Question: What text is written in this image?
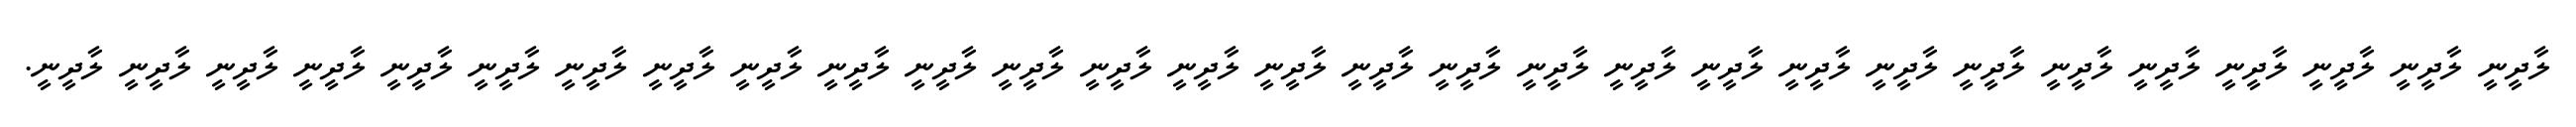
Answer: ލާދީނީ ލާދީނީ ލާދީނީ ލާދީނީ ލާދީނީ ލާދީނީ ލާދީނީ ލާދީނީ ލާދީނީ ލާދީނީ ލާދީނީ ލާދީނީ ލާދީނީ ލާދީނީ ލާދީނީ ލާދީނީ ލާދީނީ ލާދީނީ ލާދީނީ ލާދީނީ ލާދީނީ ލާދީނީ ލާދީނީ ލާދީނީ ލާދީނީ ލާދީނީ ލާދީނީ ލާދީނީ ލާދީނީ.